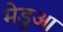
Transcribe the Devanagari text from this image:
मेडुआ